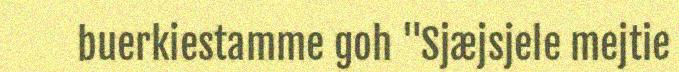
buerkiestamme goh "Sjæjsjele mejtie